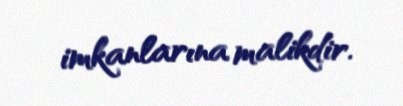
imkanlarına malikdir.